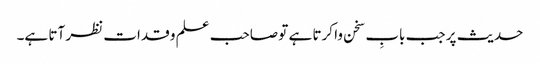
حدیث پر جب بابِ سخن وا کرتا ہے تو صاحب علم و قدات نظر آتا ہے۔